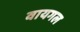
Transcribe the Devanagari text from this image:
वायगल